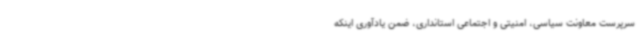
سرپرست معاونت سیاسی، امنیتی و اجتماعی استانداری، ضمن یادآوری اینکه